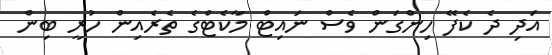
އަދި ދެ ކެފޭ ހިންގަން ވެސް ނައިޓް މާކެޓްގެ ތެރެއިން ހުރީ ބިން